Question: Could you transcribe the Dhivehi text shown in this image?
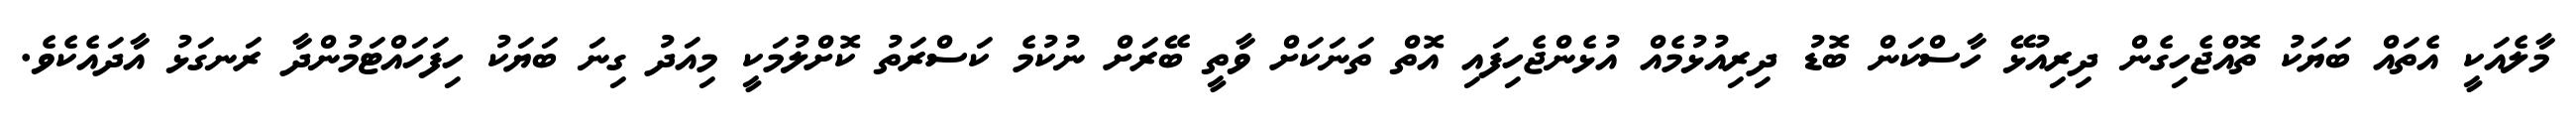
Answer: މާލެއަކީ އެތައް ބަޔަކު ތޮއްޖެހިގެން ދިރިއުޅޭ ހާސްކަން ބޮޑު ދިރިއުޅުމެއް އުޅެންޖެހިފައި އޮތް ތަނަކަށް ވާތީ ބޭރަށް ނުކުމެ ކަސްރަތު ކޮށްލުމަކީ މިއަދު ގިނަ ބަޔަކު ހިފަހައްޓަމުންދާ ރަނގަޅު އާދައެކެވެ.